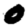
Digit: 0